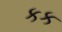
કક